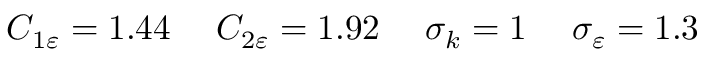
{ C _ { 1 \varepsilon } } = 1 . 4 4 \quad \; { C _ { 2 \varepsilon } } = 1 . 9 2 \quad \; { \sigma _ { k } } = 1 \quad \; { \sigma _ { \varepsilon } } = 1 . 3 \quad